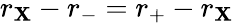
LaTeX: r_{\mathbf{X}}-r_{-}=r_{+}-r_{\mathbf{X}}